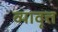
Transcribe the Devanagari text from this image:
व्यावृत्त